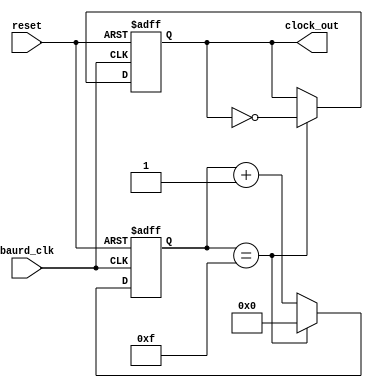
`timescale 1ns / 1ps
//////////////////////////////////////////////////////////////////////////////////
// Company: 
// Engineer: 
// 
// Design Name: 
// Module Name:    CLK_DIVIDER 
// Project Name: 
// Target Devices: 
// Tool versions: 
// Description: 
//
// Dependencies: 
//
// Revision: 
// Revision 0.01 - File Created
// Additional Comments: 
//
//////////////////////////////////////////////////////////////////////////////////
module CLK_DIVIDER(baurd_clk,reset,clock_out);
input baurd_clk,reset;
output reg clock_out;

reg[3:0] counter = 4'd0;

always@(posedge baurd_clk,negedge reset)
	begin
		if(!reset)
			begin
				counter<=4'd0;
				clock_out<=0;
			end 
		else if(counter == 4'd15)
			begin
				counter<=4'd0;
				clock_out<=~clock_out;
			end
		else
			begin
				counter<=counter+1;
				clock_out<=clock_out;
			end
	end
endmodule

//module CLK_DIVIDER(
//input baurd_clk,reset,
//output reg clock_out
//);
//
//reg [3:0] counter = 4'd0;
//
//always@(posedge baurd_clk or negedge reset)
// begin
//  if(!reset)
//   begin
//   counter<=4'd0;
//	clock_out <=0;
//   end 
//   else if(counter == 4'd15)
//    begin
//	 clock_out <= ~clock_out;
//    counter <=4'd0;
//	end
//	else
//	begin
//	 counter<= counter + 1;
//	 clock_out<= clock_out;
//	 end
// end
// endmodule